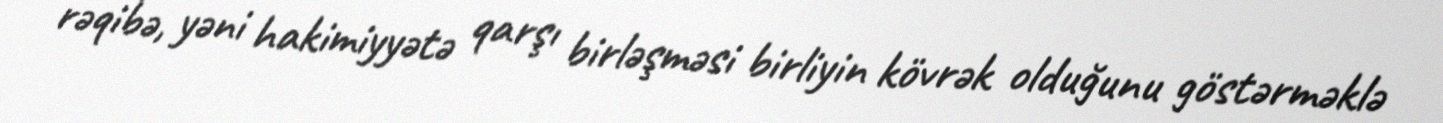
rəqibə, yəni hakimiyyətə qarşı birləşməsi birliyin kövrək olduğunu göstərməklə